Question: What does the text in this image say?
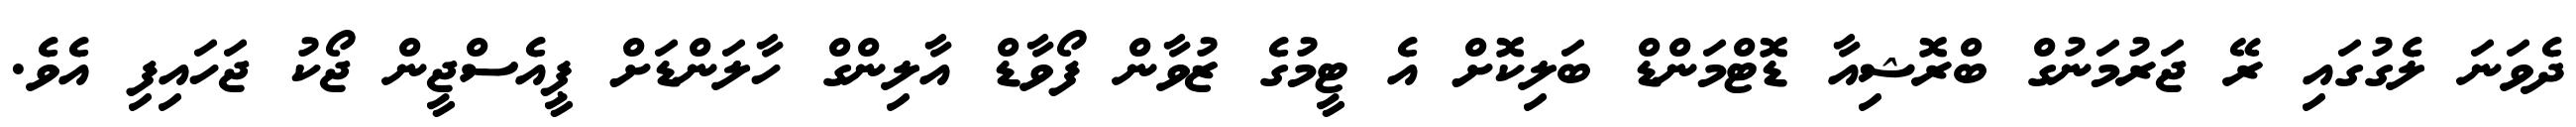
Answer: ދެވަނަ ލެގުގައި ރޭ ޖަރުމަނުގް ބްރޮޝިއާ ޑޮޓްމަންޑް ބަލިކޮށް އެ ޓީމުގެ ޒުވާން ފޯވާޑް އާލިންގް ހާލަންޑަށް ޕީއެސްޖީން ޖޯކު ޖަހައިފި އެވެ.